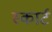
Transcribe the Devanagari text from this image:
स्कार्ट